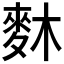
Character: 𪌎